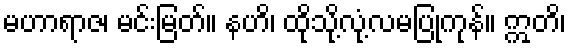
မဟာရာဇ၊ မင်းမြတ်။ နဟိ၊ ထိုသို့လုံ့လမပြုကုန်။ ဣတိ၊